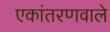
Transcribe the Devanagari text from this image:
एकांतरणवाले